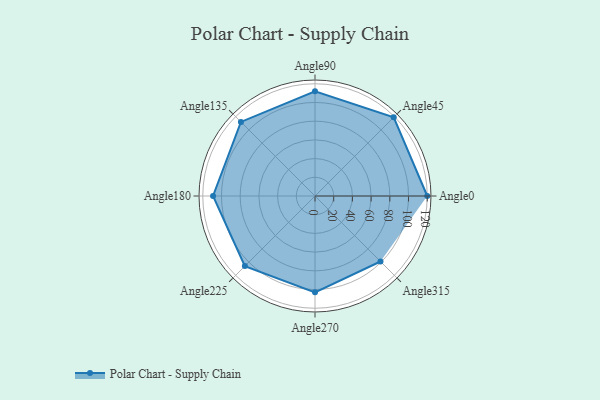
{"axis": {"x": "Angle", "y": "Radius"}, "legend": [""], "data": [{"x": "Angle0", "y": 120.0, "type": ""}, {"x": "Angle45", "y": 119.0, "type": ""}, {"x": "Angle90", "y": 112.0, "type": ""}, {"x": "Angle135", "y": 112.0, "type": ""}, {"x": "Angle180", "y": 109.0, "type": ""}, {"x": "Angle225", "y": 106.0, "type": ""}, {"x": "Angle270", "y": 103.0, "type": ""}, {"x": "Angle315", "y": 99.0, "type": ""}]}